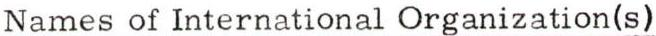
Names of International Organization(s)